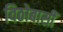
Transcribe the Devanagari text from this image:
विठोबासीं